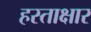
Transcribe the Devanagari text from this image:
हस्ताक्षार